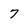
Character: 7